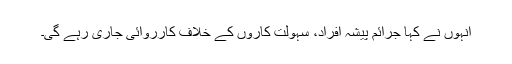
انہوں نے کہا جرائم پیشہ افراد، سہولت کاروں کے خلاف کارروائی جاری رہے گی۔